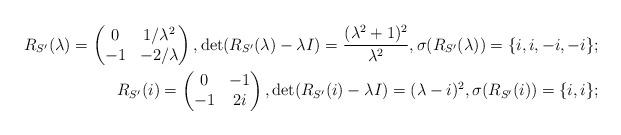
LaTeX: \begin{align*}R_{S'}(\lambda)=\begin{pmatrix}0 & 1/\lambda^2 \\ -1 & -2/\lambda\end{pmatrix}, \det(R_{S'}(\lambda)-\lambda I)=\frac{(\lambda^2+1)^2}{\lambda^2}, \sigma(R_{S'}(\lambda))=\{i,i,-i,-i\};\\R_{S'}(i)=\begin{pmatrix}0 & -1 \\ -1 & 2i\end{pmatrix}, \det(R_{S'}(i)-\lambda I)=(\lambda-i)^2,\sigma(R_{S'}(i))=\{i,i\};\end{align*}